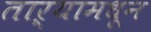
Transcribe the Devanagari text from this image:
ताऱ्यामधून